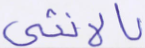
بالأنثى